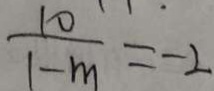
\frac { 1 0 } { 1 - m } = - 2